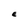
Character: E